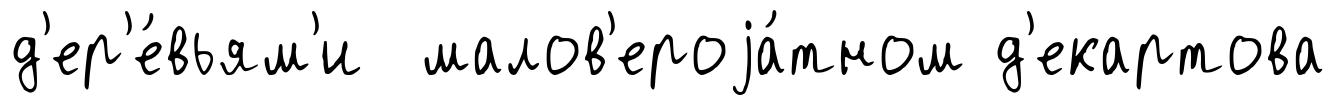
д'ер'е́вьям'и малов'ероjа́тном д'екартова